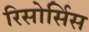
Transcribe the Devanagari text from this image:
रिसोर्सिस